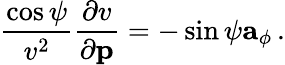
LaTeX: \frac{\cos\psi}{v^{2}}\frac{\partial v}{\partial{\mathbf p}}=-\sin\psi{\mathbf a}_{\phi}\, .